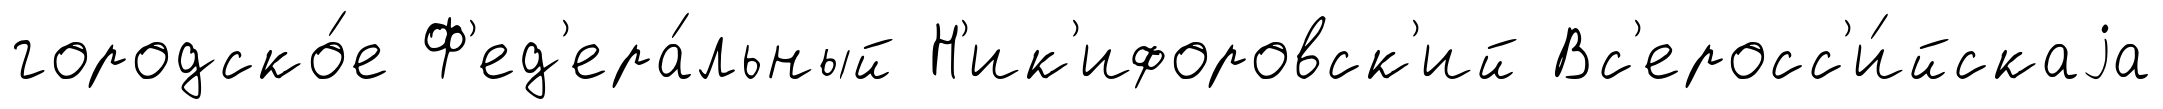
городско́е Ф'ед'ера́льный Н'ик'ифоровск'ий Вс'еросс'и́йскаjа